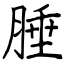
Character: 腄